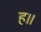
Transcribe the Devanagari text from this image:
ह॥